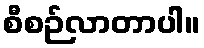
စီစဉ်လာတာပါ။